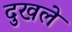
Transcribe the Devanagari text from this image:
दुखले